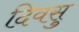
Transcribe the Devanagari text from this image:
दिवसु